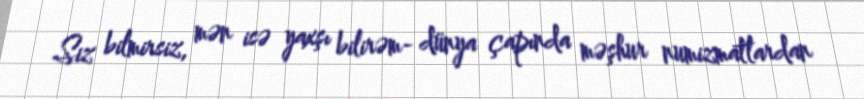
Siz bilmirsiz, mən isə yaxşı bilirəm- dünya çapında məşhur numizmatlardan